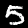
Digit: 5